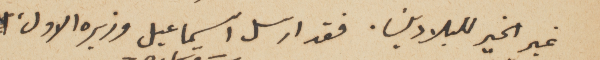
غير الخير للبلادين. فقد ارسل اسماعيل وزيره الاول،